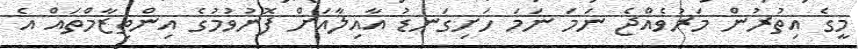
މީގެ އިތުރުން މަރުވެއްޖެ ނަމަ ނަމަ ހަށިގަނޑު އާއިލާއަށް ފޮނުވުމުގެ އިންތިޒާމްތައް އެ